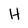
Character: H